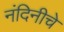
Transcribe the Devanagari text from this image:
नंदिनीचे